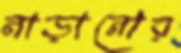
নাড়ানোর